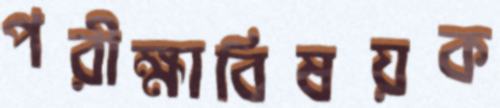
পরীক্ষাবিষয়ক